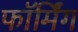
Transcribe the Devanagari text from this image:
फॉर्मिंग